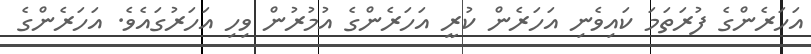
އަހަރެންގެ ފުރަތަމަ ކައިވެނި އަހަރެން ކުރީ އަހަރެންގެ އުމުރުން ވިހި އަހަރުގައެވެ. އަހަރެންގެ